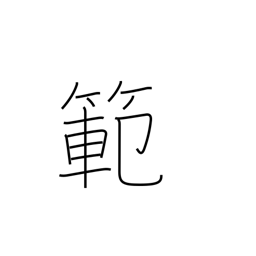
Meaning: model